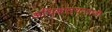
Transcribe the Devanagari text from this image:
अधिकाऱ्यासाठी